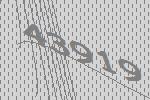
43919